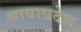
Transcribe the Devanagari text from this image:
भाषाप्रदेश